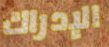
الإدراك